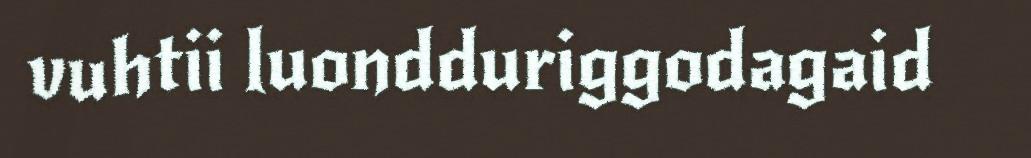
vuhtii luondduriggodagaid